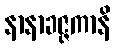
နာနာခဇ္ဇကာနိ